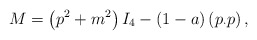
\begin{align*}M=\left( p^2+m^2 \right) I_4-(1-a) \left( p_{\cdot }p\right),\end{align*}